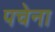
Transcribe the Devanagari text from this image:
पचेना